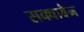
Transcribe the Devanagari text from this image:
सक्वाबैन